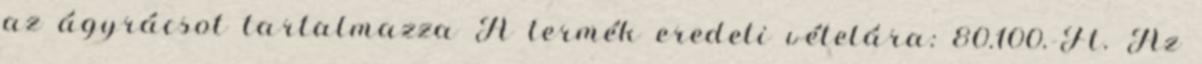
az ágyrácsot tartalmazza A termék eredeti vételára: 80.100.-Ft. Az